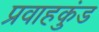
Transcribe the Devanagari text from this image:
प्रवाहकुंड